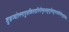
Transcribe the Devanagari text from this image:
शुभ्रज्योत्स्नापुलकितयामिनीम्फुल्लकुसुमितद्रुमदलशोभिनीम्सुहासिनीम्